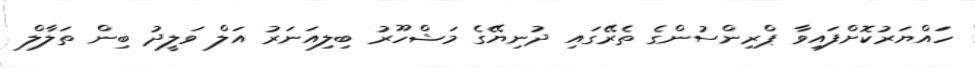
ހައްޔަރުކޮށްފައިވާ ޕްރިންސުންގެ ތެރޭގައި ދުނިޔޭގެ މަޝްހޫރު ބިލިއަނަރު އަލް ވަލީދު ބިން ތަލާލް